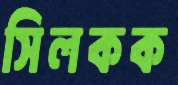
সিলকক